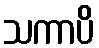
သကာပိ